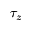
\tau _ { z }